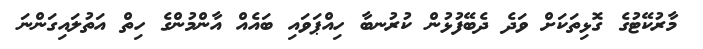
މާރުކޭޓުގެ ގޮޅިތަކަށް ވަދެ ދެބޭފުޅުން ކުރުނބާ ހިއްޕަވައި ބައެއް އާންމުންގެ ހިތް އަތުލައިގަންނަ